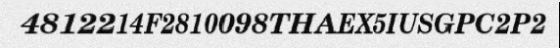
4812214F2810098THAEX5IUSGPC2P2